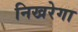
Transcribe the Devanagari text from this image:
निखरेगा